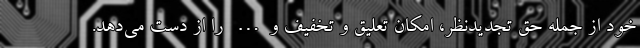
خود از جمله حق تجدیدنظر، امکان تعلیق و تخفیف و… را از دست می‌دهد.